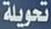
تحويلة